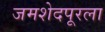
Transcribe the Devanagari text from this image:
जमशेदपूरला